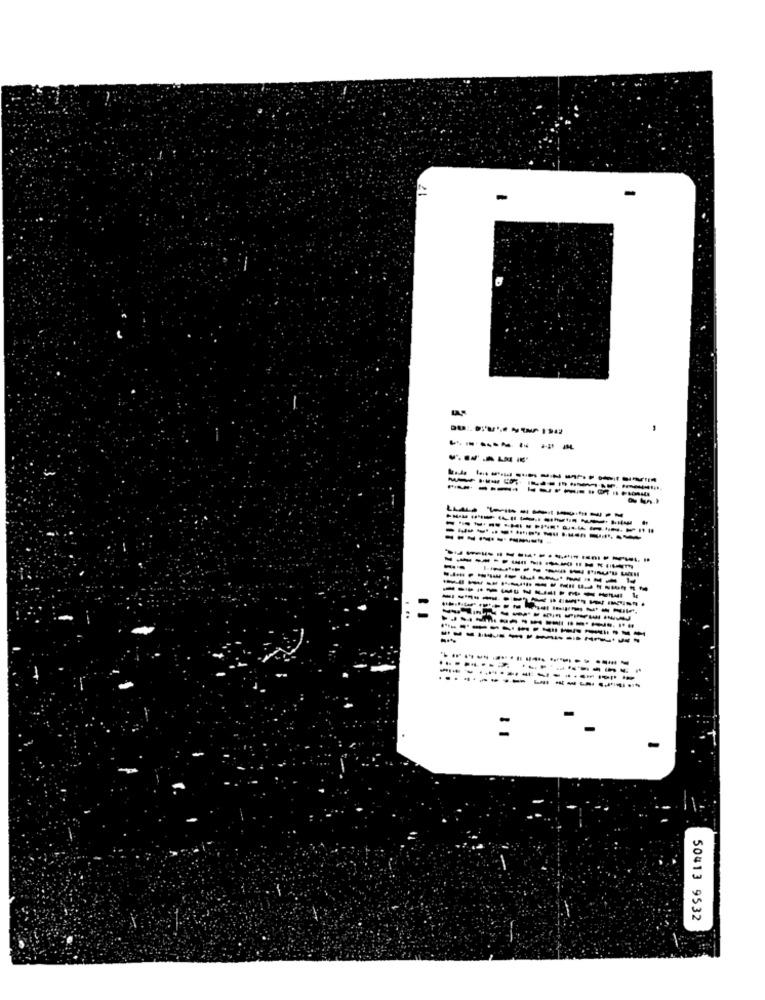
----
----------
--------
------
--------...
---------
--
------------
--------------
-----------
---------------
===
--------
......
:
50413 9532